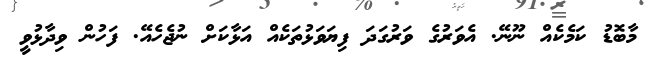
މާބޮޑު ކަމެކެެއް ނޫނޭ. އެވަރުގެ ވަރުގަދަ ފިޔަަވަޅުތަކެއް އަޅާކަށް ނުޖެހެއޭ. ފަހުން ވިދާޅުވީ